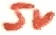
Text: 5V